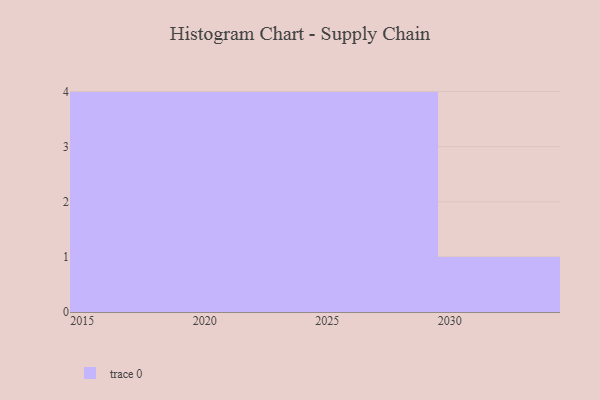
{"axis": {"x": "Year", "y": "Active Users"}, "legend": [""], "data": [{"x": "2026", "y": 6, "type": ""}, {"x": "2018", "y": 77, "type": ""}, {"x": "2022", "y": 20, "type": ""}, {"x": "2023", "y": 20, "type": ""}, {"x": "2030", "y": 29, "type": ""}, {"x": "2017", "y": 35, "type": ""}, {"x": "2028", "y": 79, "type": ""}, {"x": "2019", "y": 19, "type": ""}, {"x": "2021", "y": 6, "type": ""}, {"x": "2027", "y": 81, "type": ""}, {"x": "2015", "y": 64, "type": ""}, {"x": "2024", "y": 40, "type": ""}, {"x": "2029", "y": 87, "type": ""}]}